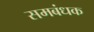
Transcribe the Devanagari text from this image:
समबंधक